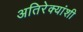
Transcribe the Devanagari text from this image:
अतिरेक्यांशी